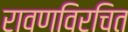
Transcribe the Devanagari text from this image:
रावणविरचित